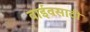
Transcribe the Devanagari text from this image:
वाईवसाठी